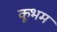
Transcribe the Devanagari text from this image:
कूभम